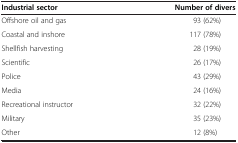
<table><thead><tr><td><b>Industrial sector</b></td><td><b>Number of divers</b></td></tr></thead><tbody><tr><td>Offshore oil and gas</td><td>93 (62%)</td></tr><tr><td>Coastal and inshore</td><td>117 (78%)</td></tr><tr><td>Shellfish harvesting</td><td>28 (19%)</td></tr><tr><td>Scientific</td><td>26 (17%)</td></tr><tr><td>Police</td><td>43 (29%)</td></tr><tr><td>Media</td><td>24 (16%)</td></tr><tr><td>Recreational instructor</td><td>32 (22%)</td></tr><tr><td>Military</td><td>35 (23%)</td></tr><tr><td>Other</td><td>12 (8%)</td></tr></tbody></table>